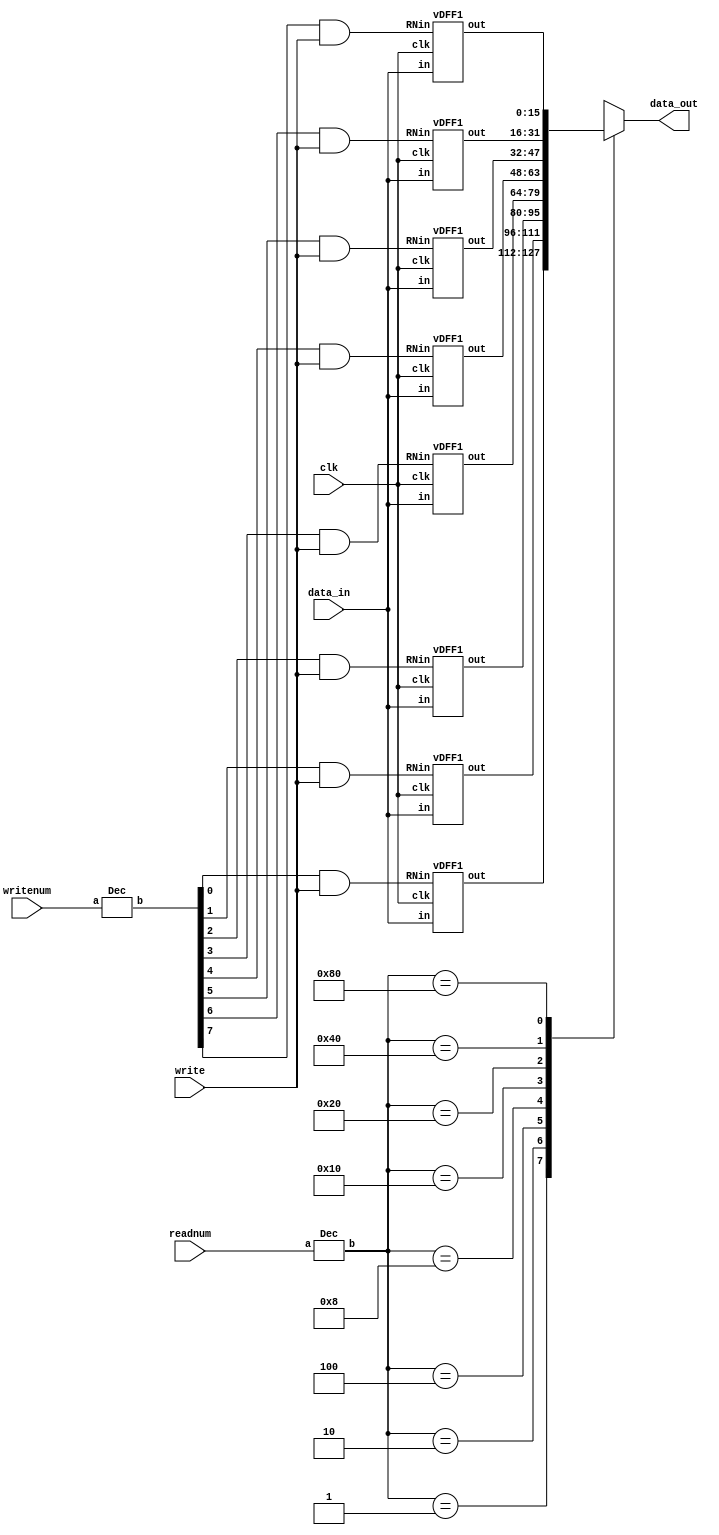
module regfile(data_in,writenum,write,readnum,clk,data_out);

	input [15:0] data_in;
	input [2:0] writenum, readnum;
	input write, clk;
	output [15:0] data_out;
	reg [15:0] data_out;
	wire [7:0] writeValue;
	wire R0_in, R1_in, R2_in, R3_in, R4_in, R5_in, R6_in, R7_in;
	wire [15:0] R0;
	wire [15:0] R1;
	wire [15:0] R2;
	wire [15:0] R3;
	wire [15:0] R4;
	wire [15:0] R5;
	wire [15:0] R6;
	wire [15:0] R7;
	wire [7:0] select;

	//instantiates decoder for writenum
	Dec dec38(writenum, writeValue);
	
	//assigns Rn_in, indicator to indicate which register to write to as bit n of writeValue ANDED to write
	assign R0_in = writeValue[0] & write;
	assign R1_in = writeValue[1] & write;
	assign R2_in = writeValue[2] & write;
	assign R3_in = writeValue[3] & write;
	assign R4_in = writeValue[4] & write;
	assign R5_in = writeValue[5] & write;
	assign R6_in = writeValue[6] & write;
	assign R7_in = writeValue[7] & write;
	
	//instantiates 8 load enable DFF's, one for each register
	vDFF1 R0_dff(clk, data_in, R0_in, R0); 
	vDFF1 R1_dff(clk, data_in, R1_in, R1);
	vDFF1 R2_dff(clk, data_in, R2_in, R2);
	vDFF1 R3_dff(clk, data_in, R3_in, R3);
	vDFF1 R4_dff(clk, data_in, R4_in, R4);
	vDFF1 R5_dff(clk, data_in, R5_in, R5);
	vDFF1 R6_dff(clk, data_in, R6_in, R6);
	vDFF1 R7_dff(clk, data_in, R7_in, R7);

	//a multiplexer to select which register to read value from. Does not depend on clk

	//decoder for write signal (3 bit to 8 bit)
	Dec dec38read(readnum, select);

	always @* begin
		case (select)
			8'b00000001: data_out = R0;
			8'b00000010: data_out = R1;
			8'b00000100: data_out = R2;
			8'b00001000: data_out = R3;
			8'b00010000: data_out = R4;
			8'b00100000: data_out = R5;
			8'b01000000: data_out = R6;
			8'b10000000: data_out = R7;
			default: data_out = 16'bxxxxxxxxxxxxxxxx;
		endcase
	end
	
endmodule

//decoder modules used for all decoder components of the reg file
module Dec(a, b);
	parameter n = 3;
	parameter m = 8;

	input[n-1:0] a;
	output[m-1:0] b;

	assign b = 1<<a;
endmodule

//DFF with load enable used for writing data to the registers on the positive edge of the clock. RNin represents the load.
module vDFF1(clk, in, RNin, out);
	parameter n = 16;
	input clk;
	input [n-1:0] in;
	input RNin;
	output [n-1:0] out;
	reg [n-1:0] out;
	
//on the positive edge of the clock, writes data_in to output if RN_in (signal to indicate which register to write to) is true
	always @(posedge clk)
		if (RNin == 1'b1)
			out = in;
                else out=out;
	
endmodule